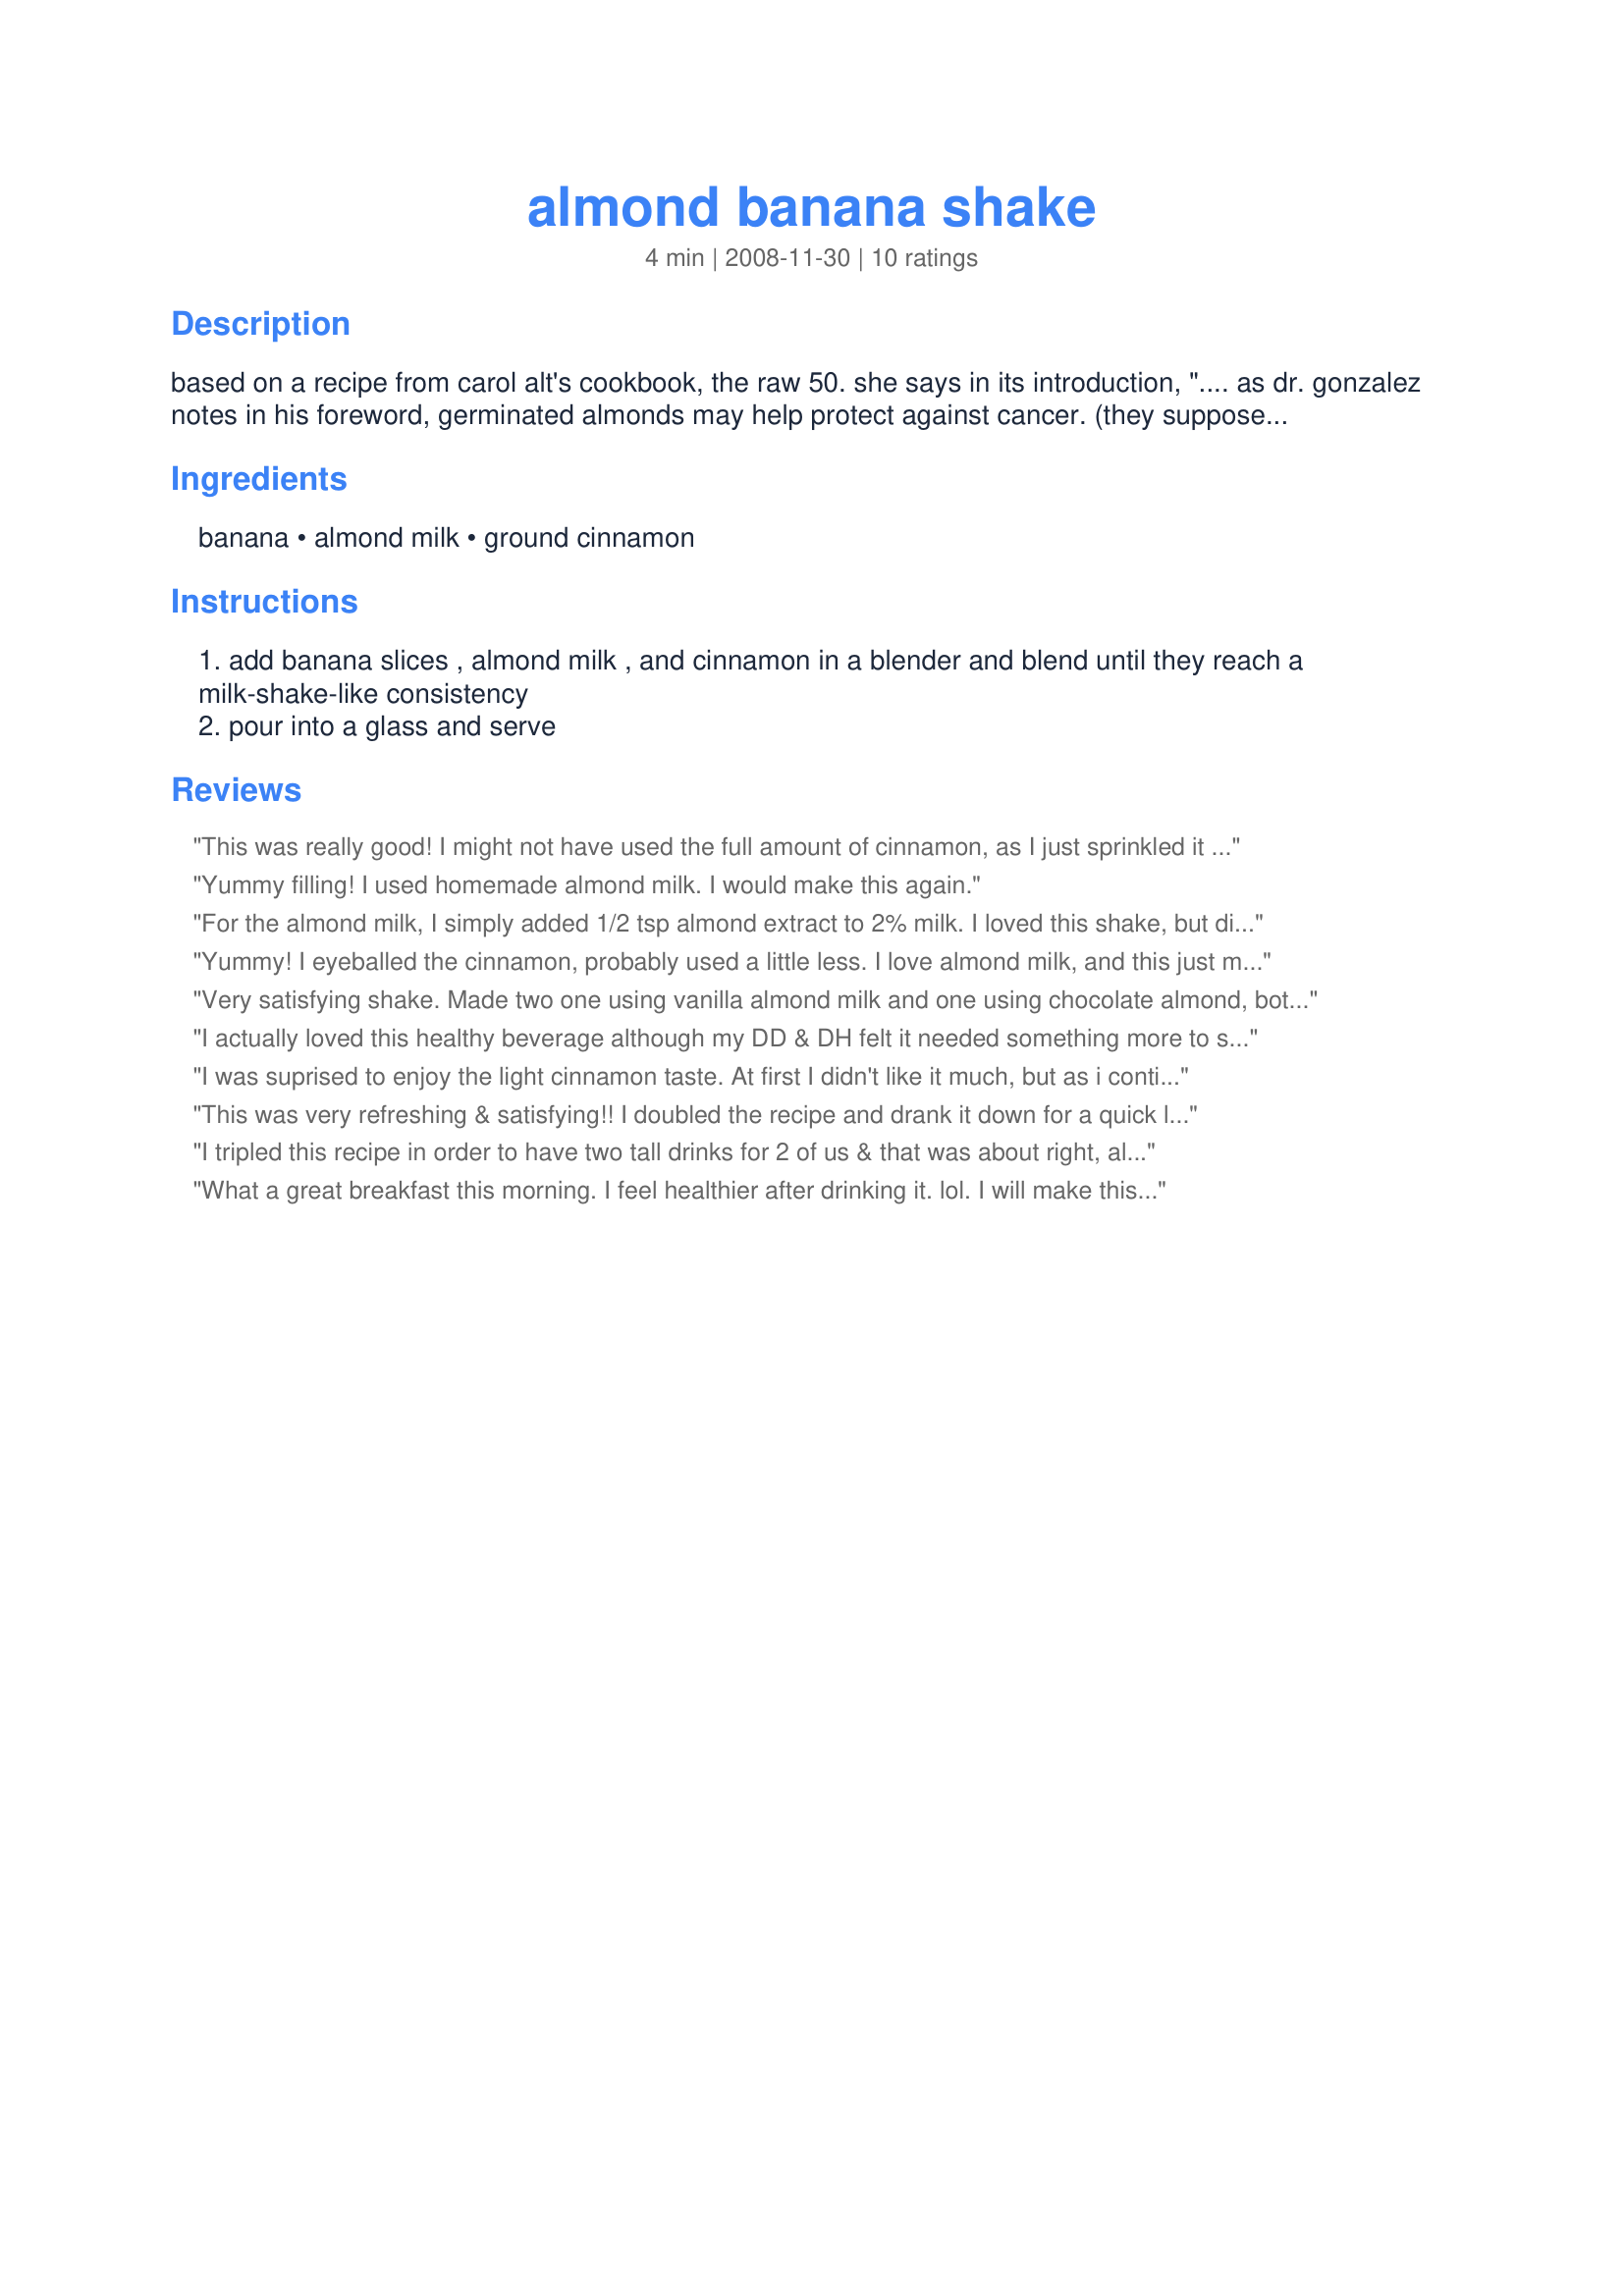
almond banana shake
Preparation time: 4 minutes

based on a recipe from carol alt's cookbook, the raw 50. she says in its introduction, ".... as dr. gonzalez notes in his foreword, germinated almonds may help protect against cancer. (they supposedly have estrogen blockers.) that is why i eat them and include them in every meal i can." almond milk is a non-dairy milk made out of almonds; you can find ready-made almond milk in your grocer's natural foods section. i have made this with purchased almond milk; recipe #356213 is a delicious homemade almond milk! :)

Ingredients:
banana, almond milk, ground cinnamon

Steps:
add banana slices , almond milk , and cinnamon in a blender and blend until they reach a milk-shake-like consistency
pour into a glass and serve

Reviews:
This was really good! I might not have used the full amount of cinnamon, as I just sprinkled it in without measuring and I thought 1 tsp sounded like a lot. I'll definitely make this again. Thank you for posting it. Easy and yummy! Reviewed for the Veg*n Recipe Swap.
Yummy filling! I used homemade almond milk. I would make this again.
For the almond milk, I simply added 1/2 tsp almond extract to 2% milk. I loved this shake, but didn't care for the cinnamon in it. But I must say that the combination of almond and banana flavors were exceptional! Thanks for sharing. :)
Yummy! I eyeballed the cinnamon, probably used a little less. I love almond milk, and this just made it better!
Very satisfying shake. Made two one using vanilla almond milk and one using chocolate almond, both were great. Love how healthy and satisfying these were. Thanks so much for the great post.
I actually loved this healthy beverage although my DD & DH felt it needed something more to sweeten it. I felt the banana made it sweet enough as it was very ripe.
Thanks for posting! Made for "Veg*n Swap 15 ~ Oct 2009!
I was suprised to enjoy the light cinnamon taste. At first I didn't like it much, but as i continued to drink it it grew on me.
This was very refreshing & satisfying!! I doubled the recipe and drank it down for a quick lunch :D I used fresh almond milk and doubled the bananas as we have the small lady fingers out here. This was super delicious & I will be making again for sure!! Made for Veg*n Swap 26!!
I tripled this recipe in order to have two tall drinks for 2 of us & that was about right, although I did use just 2 teaspoons of the cinnamon! A GREAT TASTING BREAKFAST DRINK! Thanks for posting, & I'll have to dig into that recipe for homemade almond milk! [Tagged, made & reviewed as a PRESSIE in the Aus/NZ 12 Days of Christmas Recipe Swap]
What a great breakfast this morning. I feel healthier after drinking it. lol. I will make this againl Thanks mersades. Made for veggie swap 2008.
